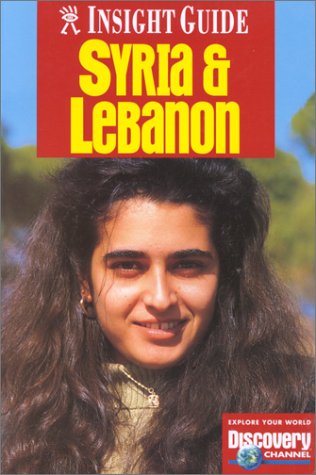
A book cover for Syria & Lebanon (Insight Guides); Dorothy Stannard; Travel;